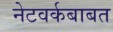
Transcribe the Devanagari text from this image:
नेटवर्कबाबत